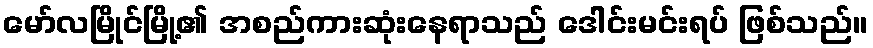
မော်လမြိုင်မြို့၏ အစည်ကားဆုံးနေရာသည် ဒေါင်းမင်းရပ် ဖြစ်သည်။